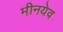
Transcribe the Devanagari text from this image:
मीनयेव